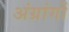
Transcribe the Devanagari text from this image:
अंग्रांगों